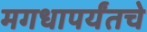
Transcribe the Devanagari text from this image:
मगधापर्यंतचे